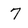
Character: 7